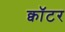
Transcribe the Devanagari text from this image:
क्वॉटर